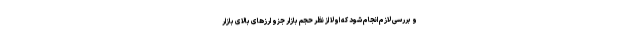
و بررسی لازم انجام شود که اولا از نظر حجم بازار جزو ارزهای بالای بازار